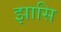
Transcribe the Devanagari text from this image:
झासि